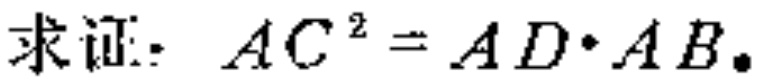
求证：\(AC^{2}=AD\cdot AB\)。